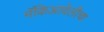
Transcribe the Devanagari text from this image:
मॅकिआवेलीचा